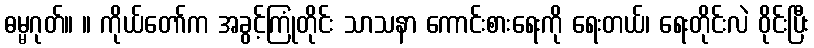
ဓမ္မဂုတ်။ ။ ကိုယ်တော်က အခွင့်ကြုံတိုင်း သာသနာ ကောင်းစားရေးကို ရေးတယ်၊ ရေးတိုင်းလဲ ဝိုင်းပြီး